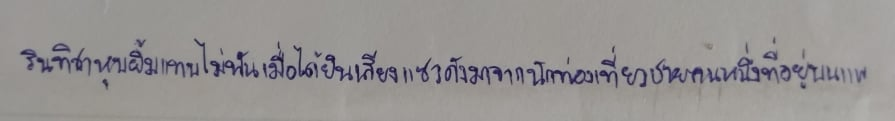
รินทิชาหุบยิ้มแทบไม่ทันเมื่อได้ยินเสียงแซวดังมาจากนักท่องเที่ยวชายคนหนึ่งที่อยู่บนแพ